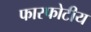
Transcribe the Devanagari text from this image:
फास्फोटीय